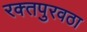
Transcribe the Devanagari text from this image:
रक्‍तपुरवठा